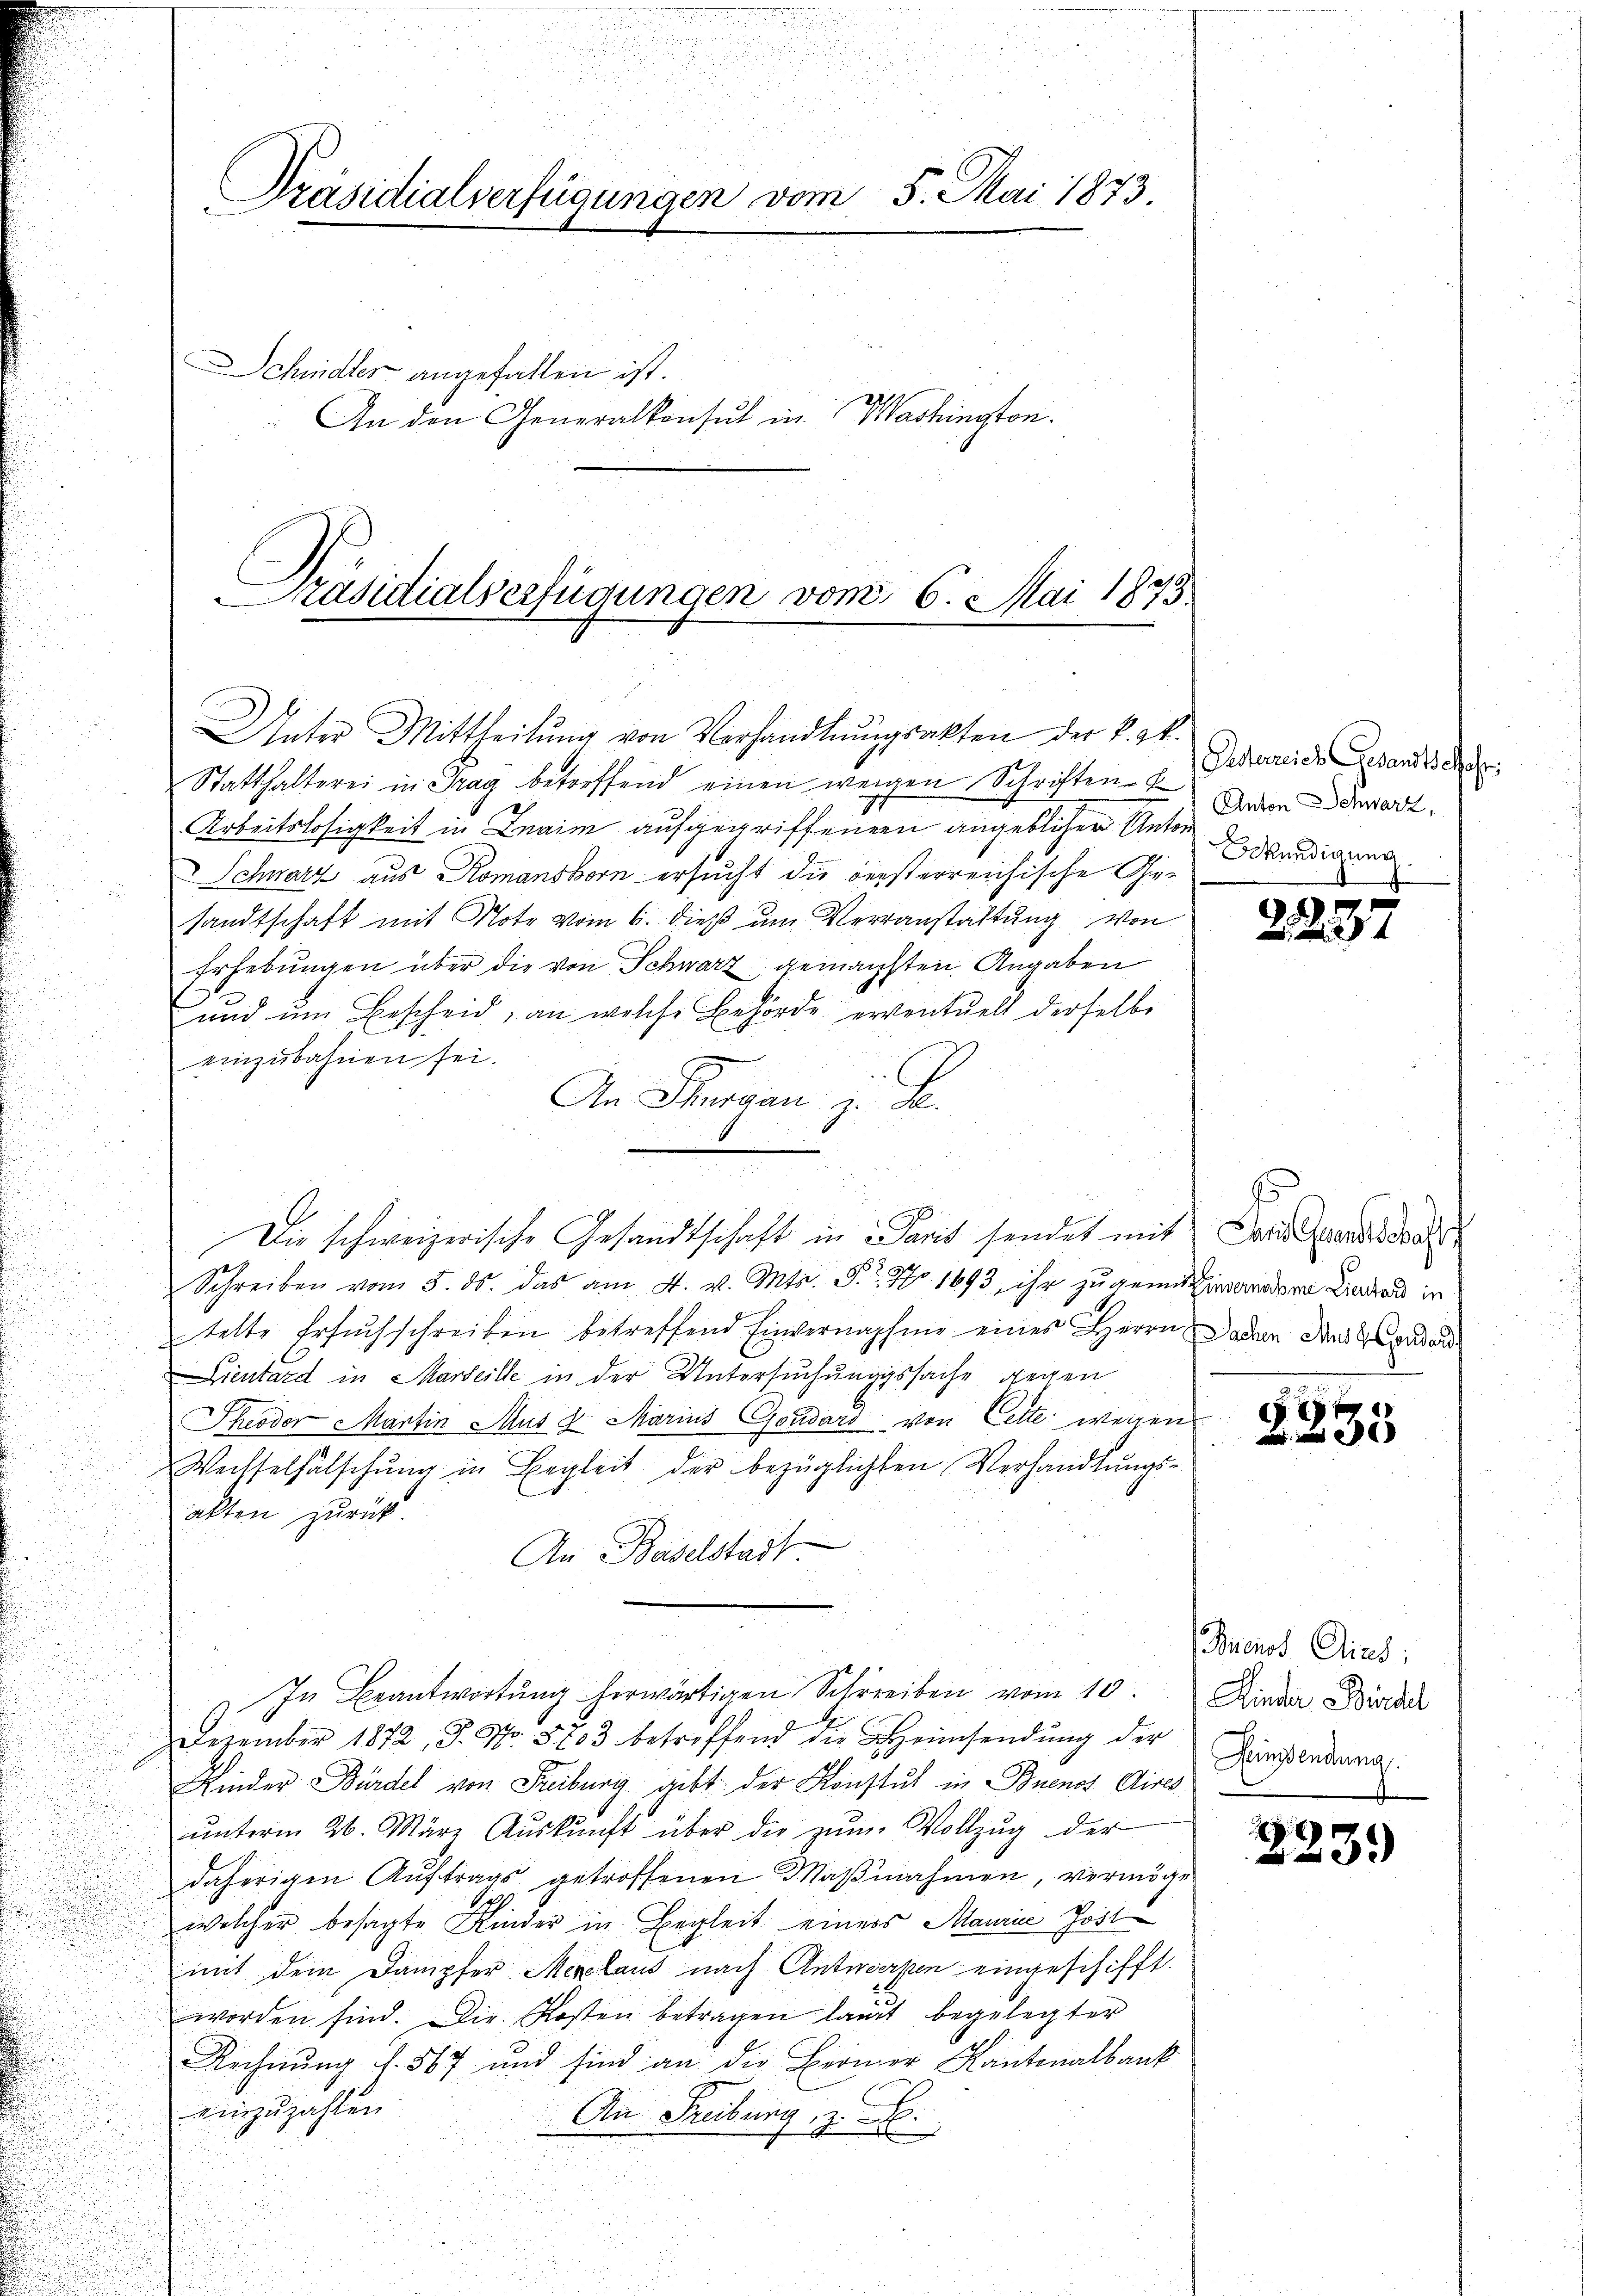
u
u
Unter Mittheilŭng von Verhandlŭngsakten der k. k.

Statthalterei in Tag betreffend einen weigen Schriften u. Verweide andes des
Arbeitslosigkeit in Znaim aufgegriffenen angeblicher Unter
Schwarz aus Romanshorn ersucht die versterreichische Ge-
u
sandtschaft mit Note vom 6. dieß um Veranstaltung von

.
Erhebungen über die von Schwarz, gemachsten Angaben

u
und um Bescheid, an welche Behörde erventuell derselbe
.
einzubahnen sei.
5
.
An Thurgau, z. B.
.
u
u
Die schweizerische Gesandtschaft in Paris sendet mit Sardiens

Schreiben vom 5. ds. das am 4. v. Mts. P. Nr. 1693 ihr zu gemüthigandern Lindau in
tette Ersuchschreiben betreffend Einvernahme eines Herrn Daden Aus Gendar
Dientard in Marseille in der Untersuchungssache gegen
Theodor Martin Mus d. Marius Gondard von Cette wegen
d

Wechselfälschung in Begleit der bezüglichten Verhandlungs¬

.

alten zurück

e
An Baselstadt
e
In Beantwortung herwärtigen Schreiben vom 10. Minder Wird
Dezember 1872, 3. No. 8703 betreffend die Heimsendŭng der
Kinder Bürdel von Freiburg gibt der Konstut in Buenos Aires
ŭnterm 26. März Aŭskŭnft über die zŭm Vollzŭg der
daherigen Auftrags getroffenen Maßnahmen, vermöge
welcher besagte Kinder in Begleit einers Maurie Post
mit dem Dampfer Merclaus nach Antworfen eingeschifft.
worden sind. Die Kosten betragen langt begelegter
Rechnŭng f. 567 und sind an die Berner Kantonalbank
einzuzahlen
An Freibung, z. B.
.
u
u

Präsidialverfügungen vom 8. Mai 1873.

chindler angefallen ist.

An den Generalkonsul in Washington.

räsidialverfügungen vom 6. Mai 1875

Anton Schwarz,
kündigung

223

§235

Buenos Dirs;
Seinsendung

7
3